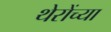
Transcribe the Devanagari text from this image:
थेरोंच्या